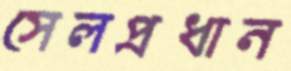
সেলপ্রধান